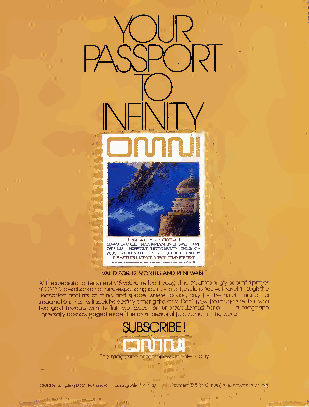
NOJR
 RASTORT
 TO
 NFNITY
 nnrui
 CC2AO 0PM 0TSP 0HUU ELTEFWESROR ERU DCU LF EHNO DFEDs SISEi KSA R HG PC AA OROIL DN HMLD EILEU SNRS OTGYT NRS LOI QTFA .TAL TTP HII EH EZC SOA TGTT F-IRO UOA CG TNV OR UI MDA TRPFYP ELHS E-S DP TCFHA EIC TELE EDNXBETIT RRI GTM YHE
 VALIDFOR12MONTHSANDRENEWABLE
 'oA u it uf nmt n w iaO c ot vghMh ei raeN gn sr oI as at lt,p ldie le t o yc do ni ma,ae f ecl rm dmo kbc n aa ntha li onar e swr rk wt s liwe lo eio lrn tdfs hr ga ea m et e iim tde k sino tn hd ff ii od rs$ s-a bt1 d ee8 n et -x sdy wp "to o tiau s hnn' p eyird a se ai mc sin ome ung s, ev o stij nt —woe bgh aud e, er n atrnt uhee th ue,y ir n fo si p utbu n a lrtg roo esh pu .ct ut nh eD bh de o lde n ief ' cob u nt atnr tu tle mr e iya e i odt . s nbh sYyt h io ta nou hk t n tei wh o hin em rl eg l aI o wt ,y g our ,a rb at le vez ,dea ri .l au "ntt li ei mhf mr au ito tl ghsu aap g to za h fw ig t o ne hh in es e s
 SUBSCRIBE!
 Themagazineoftomorrow,onsaletoday
 OV'NIA.ib5cnp::onSept..PCPoxone,Fa^nngdaieN\11737 PaymenUSlP'o-'S.'is